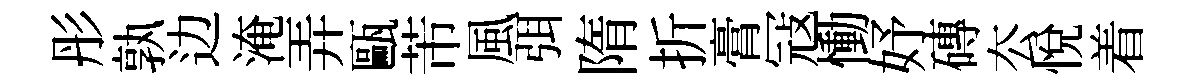
彤孰边淹弄甌芾風弭隋折膏冦慟妤磚厺悦着